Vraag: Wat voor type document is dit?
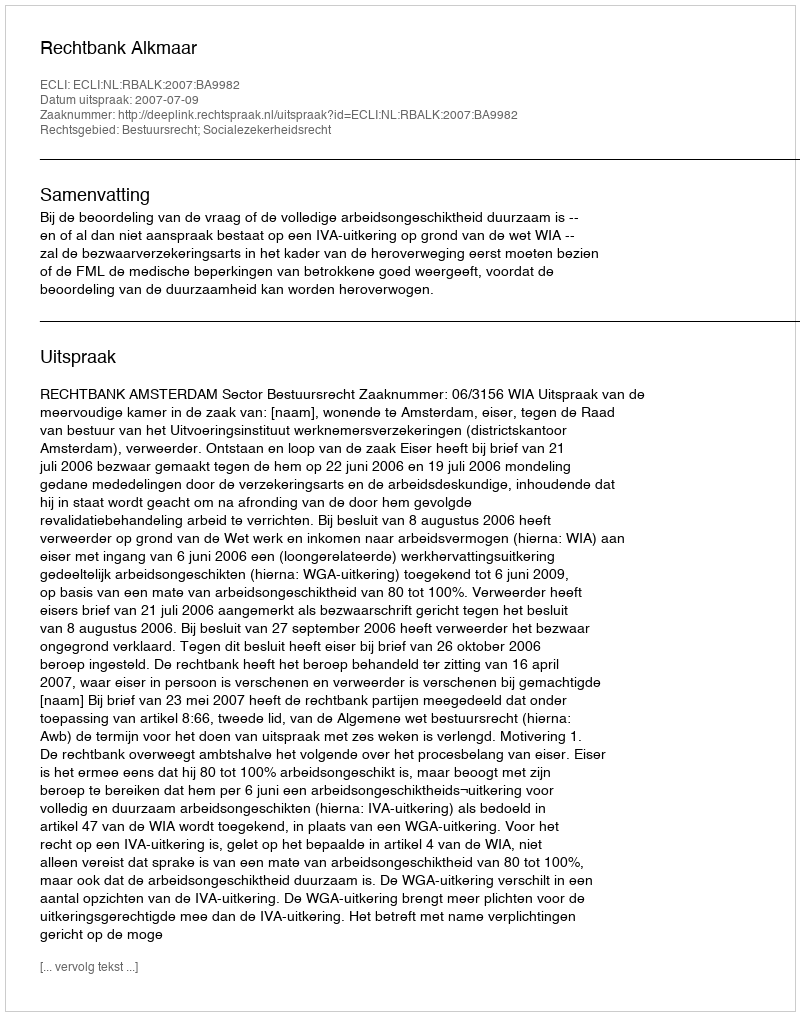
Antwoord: Uitspraak